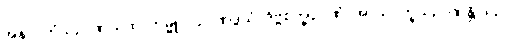
အနာဂတံသဉာဏယထာကမ္မူပဂဉာဏဒွယံ, ဒိဗ္ဗစက္ခုဉာဏံ, အာသဝက္ခယဉာဏန္တိ ဒသ